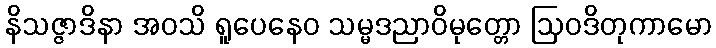
နိသဇ္ဇာဒိနာ အဝသိ ရူပေနေဝ သမ္မဒညာဝိမုတ္တော ဩဝဒိတုကာမော